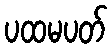
ပထမပတ်